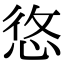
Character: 𢚐